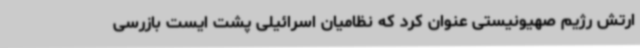
ارتش رژیم صهیونیستی عنوان کرد که نظامیان اسرائیلی پشت ایست بازرسی